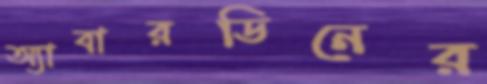
অ্যাবারডিনের